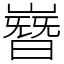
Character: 嶜